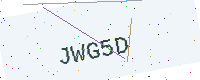
Text: JWG5D